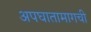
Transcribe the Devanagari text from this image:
अपघातामागची